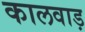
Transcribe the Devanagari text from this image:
कालवाड़